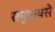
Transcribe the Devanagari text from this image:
समुदायसे